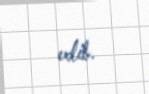
edib.